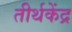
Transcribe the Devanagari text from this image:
तीर्थकेंद्र